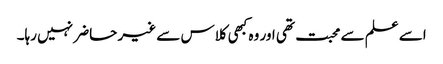
اسے علم سے محبت تھی اور وہ کبھی کلاس سے غیر حاضر نہیں رہا۔